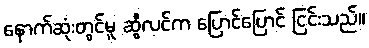
နောက်ဆုံးတွင်မူ ဆွီလင်က ပြောင်ပြောင် ငြင်းသည်။